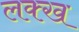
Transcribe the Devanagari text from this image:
लक्ख